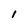
Character: I